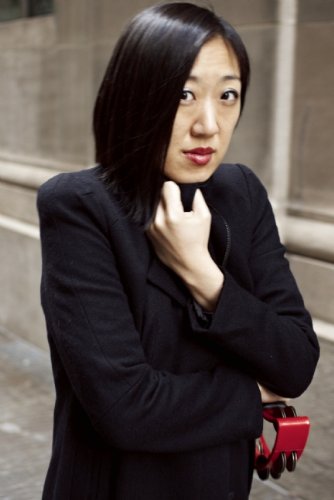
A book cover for Straight White Men; Young Jean Lee; Literature & Fiction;